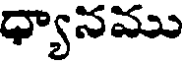
ధ్యానము